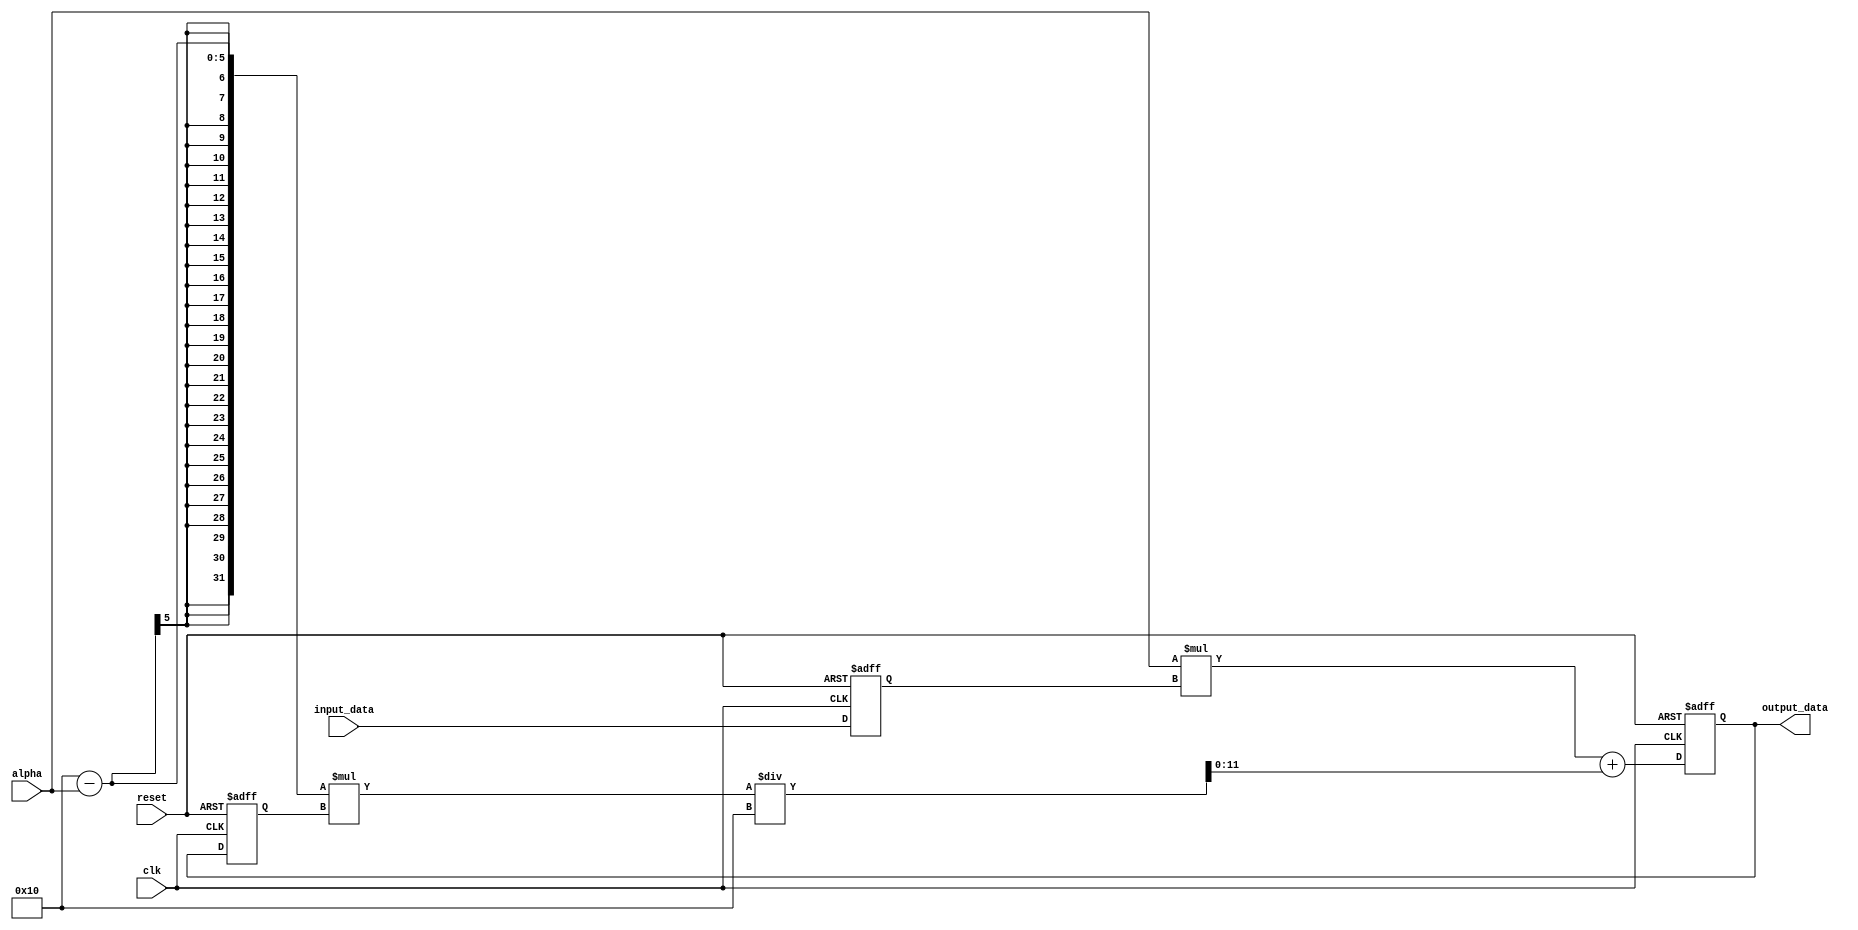
module ema_accumulator(
    input wire clk,
    input wire reset,
    input wire [DATA_WIDTH-1:0] input_data,
    input wire [ALPHA_WIDTH-1:0] alpha,
    output reg [OUTPUT_WIDTH-1:0] output_data
);

parameter DATA_WIDTH = 8; // Width of input data
parameter ALPHA_WIDTH = 4; // Width of alpha parameter
parameter OUTPUT_WIDTH = 12; // Width of output data

reg [DATA_WIDTH-1:0] current_input;
reg [OUTPUT_WIDTH-1:0] current_avg;
reg [OUTPUT_WIDTH-1:0] previous_avg;

always @(posedge clk or posedge reset) begin
    if (reset) begin
        current_input <= 0;
        current_avg <= 0;
        previous_avg <= 0;
    end else begin
        current_input <= input_data;
        current_avg <= (alpha * current_input) + ((2**ALPHA_WIDTH - alpha) * previous_avg) / (2**ALPHA_WIDTH);
        previous_avg <= current_avg;
    end
end

assign output_data = current_avg;

endmodule